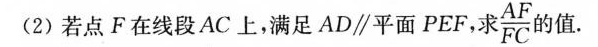
(2)若点F在线段AC上，满足AD\parallel 平面PEF，求 $$\frac { A F } { F C }$$ 的值。